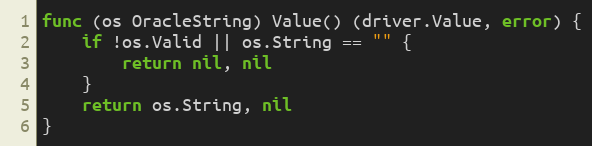
Language: Go
func (os OracleString) Value() (driver.Value, error) {
	if !os.Valid || os.String == "" {
		return nil, nil
	}
	return os.String, nil
}